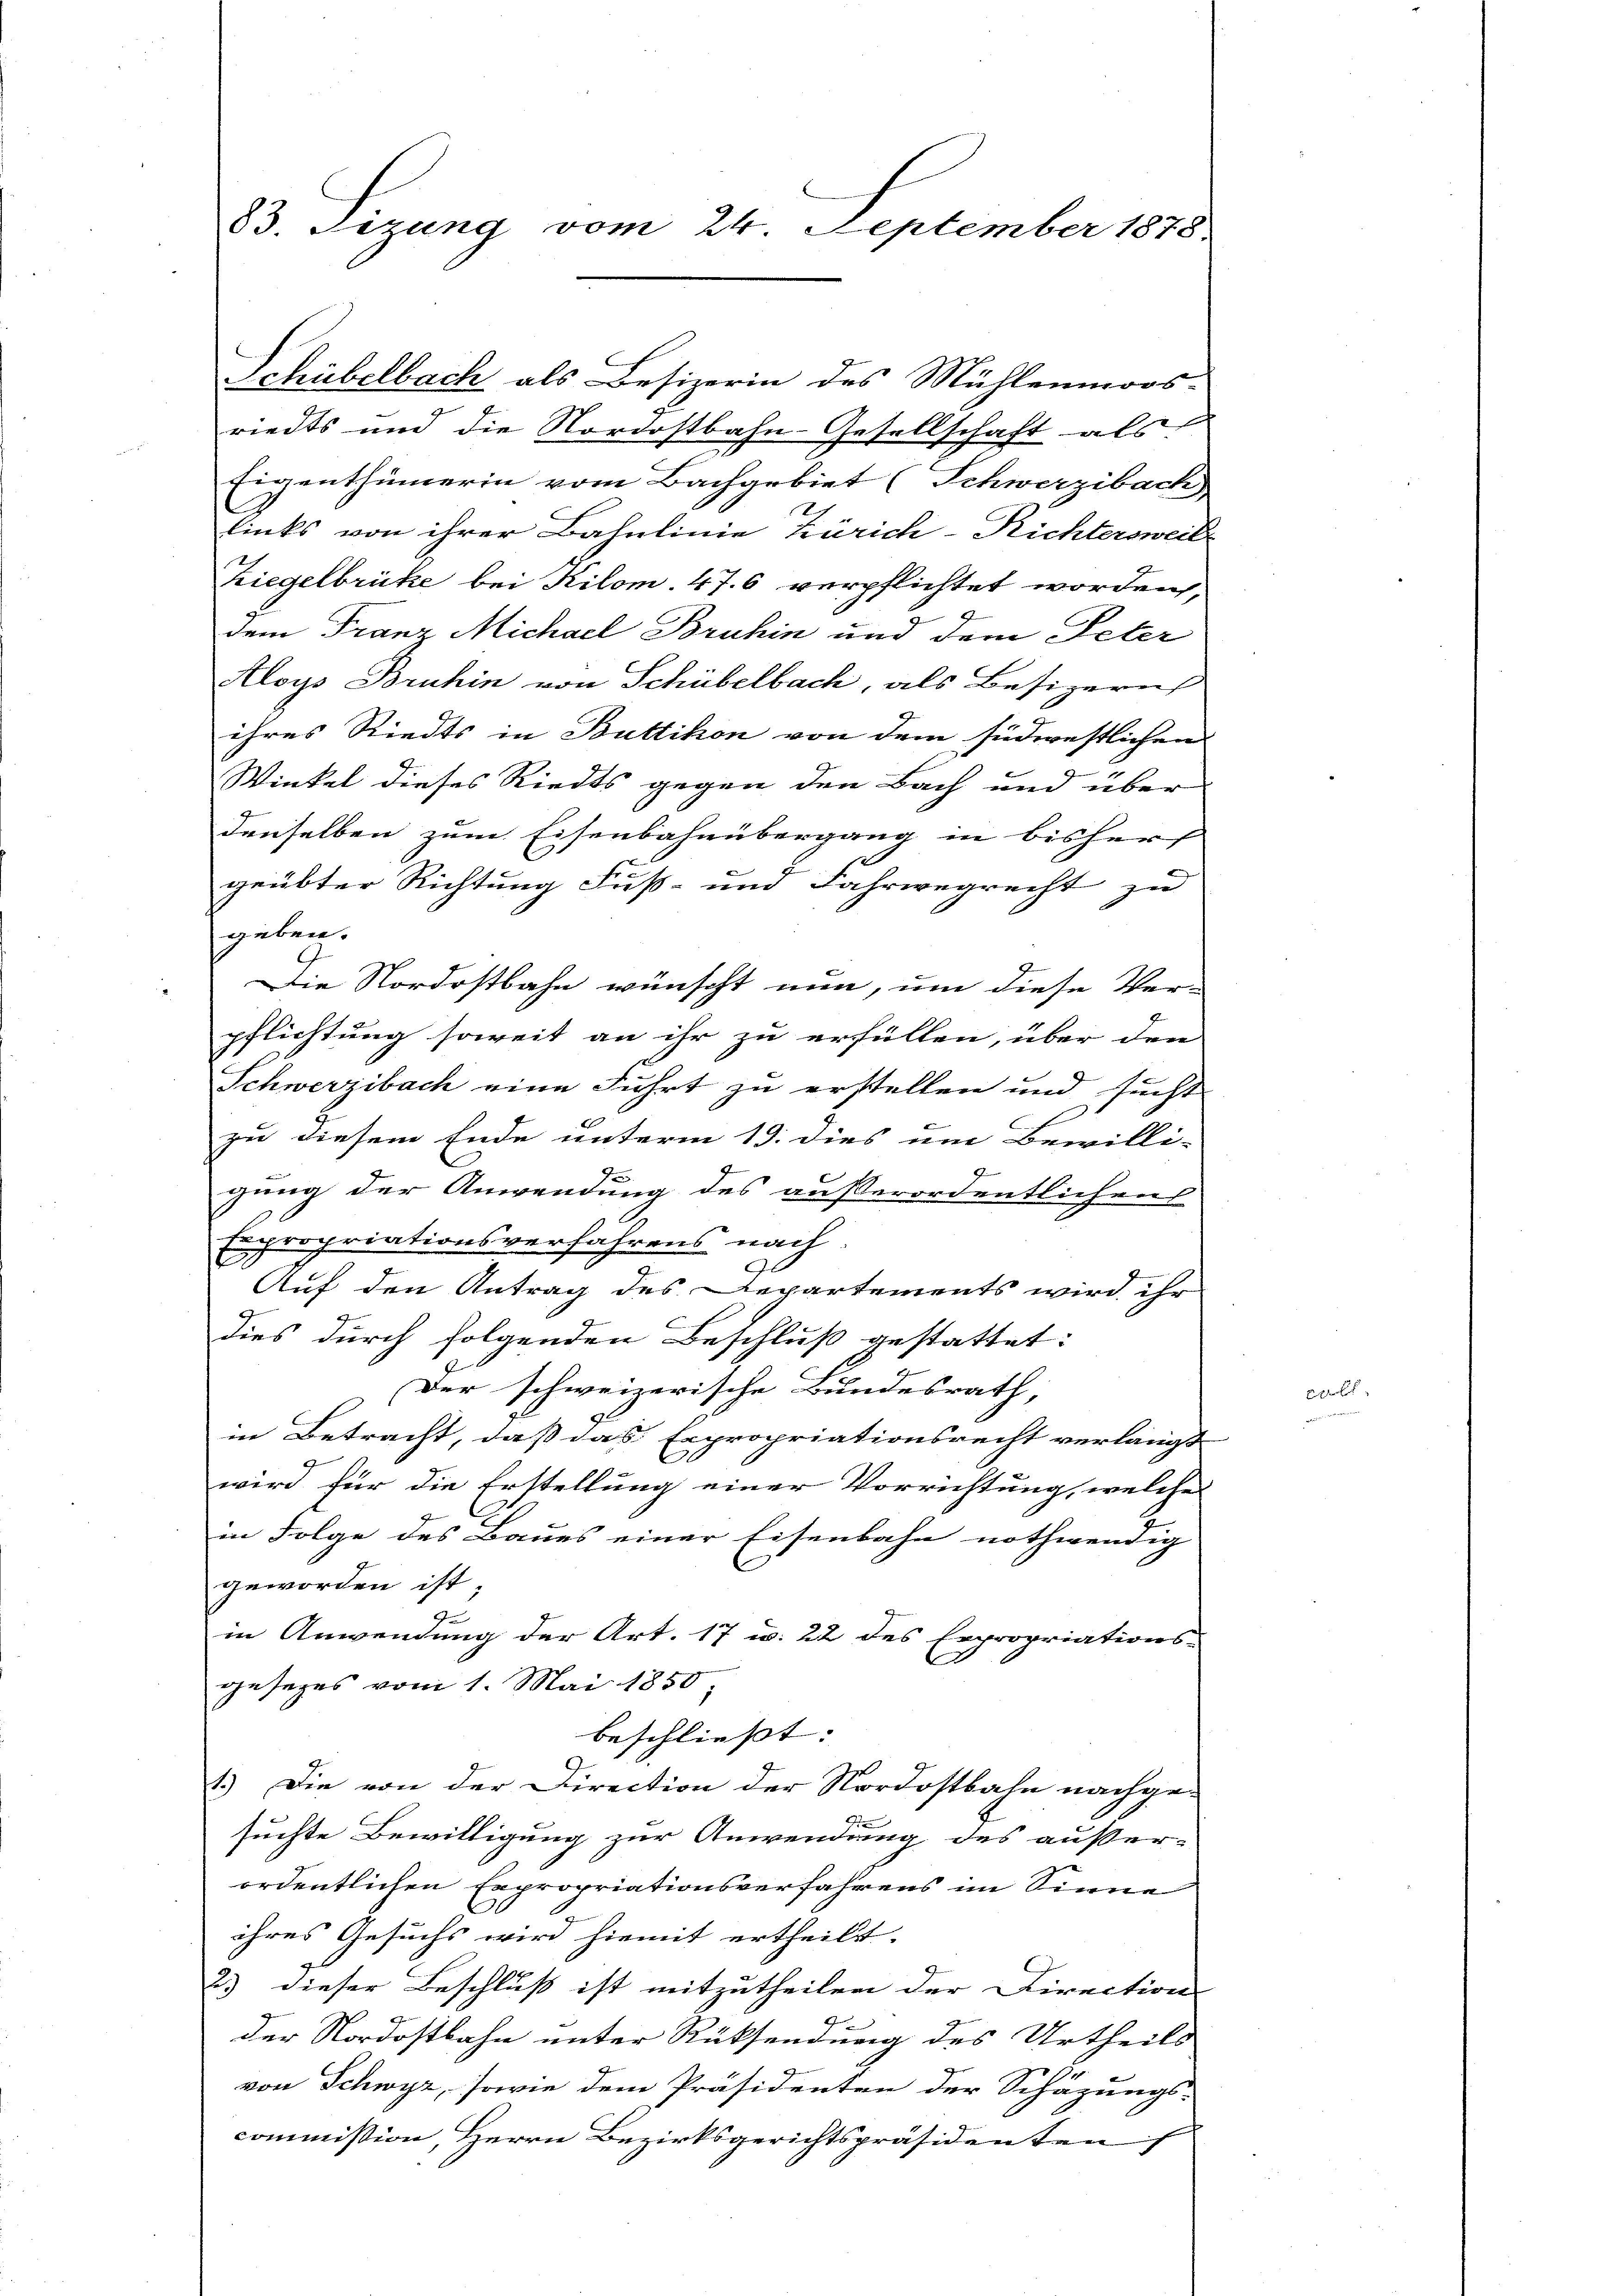
83. Sizung vom 24. September 1878

Schübelbach als Besizerin des Mühlenmoos-
riedts und die Nordostbahn-Gesellschaft als
Eigenthümerin vom Bachgebiet (Schwerzibach
links von ihrer Bahnlinie Zürich-Richtersweil
Ziegelbrüke bei Kilom. 47. 6 verpflichtet worden,
dem Franz Michael Bruhin und dem Peter
Aloys Bruhin von Schübelbach, als Besizeri
ihres Riedts in Büttikon von dem südwestlichen
Winkel dieses Riedts gegen den Bach und über
denselben zum Eisenbahnübergang in bisher
geübter Richtung Fuß- und Fahrwegrecht zu
geben.
Die Nordostbahn wünscht nun, um diese Ver-
pflichtung soweit an ihr zu erfüllen, über den
Schwerzibach eine Führt zu erstellen und sucht
zu diesem Ende unterm 19. dies um Bewilli-
7
gung der Anwendung des außerordentlichen
Expropriationsverfahrens nach
Auf den Antrag des Departements wird ihr
dies durch folgenden Beschluß gestattet:
Der schweizerische Bundesrath,
in Betracht, daß das Expropriationsrecht verlangt
wird für die Erstellung einer Vorrichtung, welche
in Folge des Baues einer Eisenbahn nothwendig
geworden ist,
in Anwendung der Art. 17 w. 22 des Expropriations-
gesezes vom 1. Mai 1850;
beschließt:
1.) Die von der Direction der Nordostbahn nachge-
suchte Bewilligung zur Anwendung des außer-
ordentlichen Expropriationsverfahrens im Sinne
ihres Gesuchs wird hiemit ertheilt.
2) dieser Beschluß ist mitzutheilen der Direction
der Nordostbahn unter Rücksendung des Urtheils
von Schwyz, sowie dem Präsidenten der Schäzungs-
commission, Herrn Bezirksgerichtspräsidenten